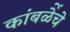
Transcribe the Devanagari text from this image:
कांबळेेंचे